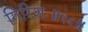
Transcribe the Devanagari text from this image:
गिरिशः॥१८॥